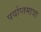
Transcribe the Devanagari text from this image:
पर्याप्तमात्रा